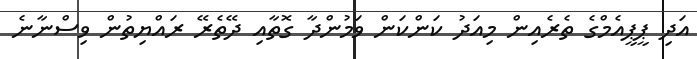
އަދި ޕީޕީއެމްގެ ތެރެއިން މިއަދު ކަންކަން ވަމުންދާ ގޮތާއި ދޭތެރޭ ރައްޔިތުން ވިސްނާނެ